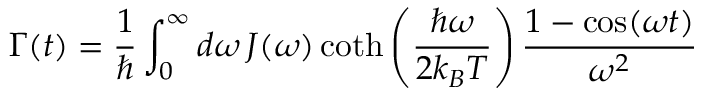
\Gamma ( t ) = \frac { 1 } { \hbar } \int _ { 0 } ^ { \infty } d \omega \, J ( \omega ) \coth \left( \frac { \hbar \omega } { 2 k _ { B } T } \right) \frac { 1 - \cos ( \omega t ) } { \omega ^ { 2 } }